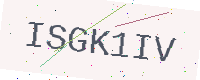
Text: ISGK1IV